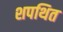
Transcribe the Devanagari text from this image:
शपथित